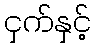
ငှက်နှင့်